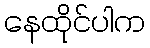
နေထိုင်ပါက